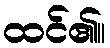
ထင်၏။